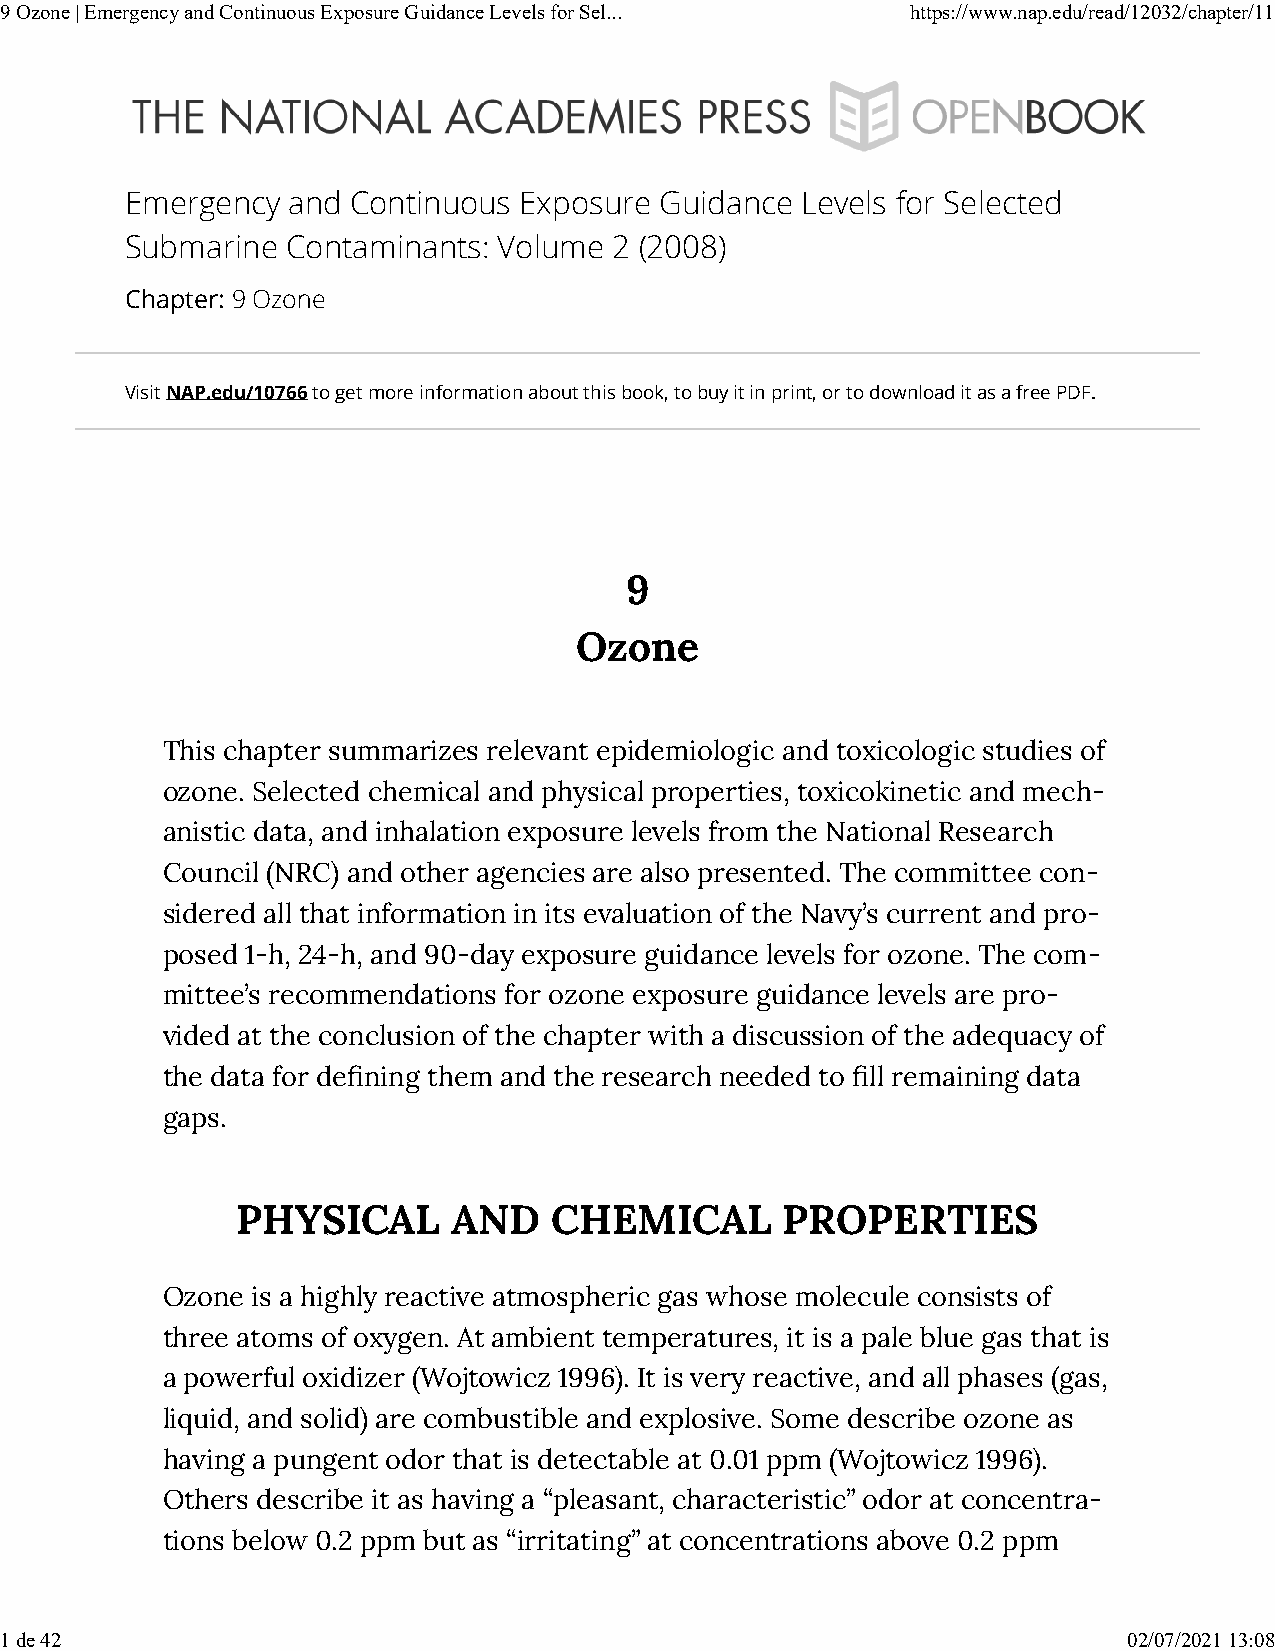
9 Ozone | Emergency and Continuous Exposure Guidance Levels for Sel... https://www.nap.edu/read/12032/chapter/11
 Emergency  and Continuous Exposure  Guidance Levels for Selected
 Submarine  Contaminants: Volume  2 (2008)
 Chapter: 9 Ozone
 Visit NAP.edu/10766 to get more information about this book, to buy it in print, or to download it as a free PDF.
 9
 Ozone
 This chapter summarizes relevant epidemiologic and toxicologic studies of
 ozone. Selected chemical and physical properties, toxicokinetic and mech-
 anistic data, and inhalation exposure levels from the National Research
 Council (NRC) and other agencies are also presented. The committee con-
 sidered all that information in its evaluation of the Navy’s current and pro-
 posed 1-h, 24-h, and 90-day exposure guidance levels for ozone. The com-
 mittee’s recommendations for ozone exposure guidance levels are pro-
 vided at the conclusion of the chapter with a discussion of the adequacy of
 the data for de�ning them and the research needed to �ll remaining data
 gaps.
 PHYSICAL      AND    CHEMICAL       PROPERTIES
 Ozone is a highly reactive atmospheric gas whose molecule consists of
 three atoms of oxygen. At ambient temperatures, it is a pale blue gas that is
 a powerful oxidizer (Wojtowicz 1996). It is very reactive, and all phases (gas,
 liquid, and solid) are combustible and explosive. Some describe ozone as
 having a pungent odor that is detectable at 0.01 ppm (Wojtowicz 1996).
 Others describe it as having a “pleasant, characteristic” odor at concentra-
 tions below 0.2 ppm but as “irritating” at concentrations above 0.2 ppm
 1 de 42                                                                    02/07/2021 13:08